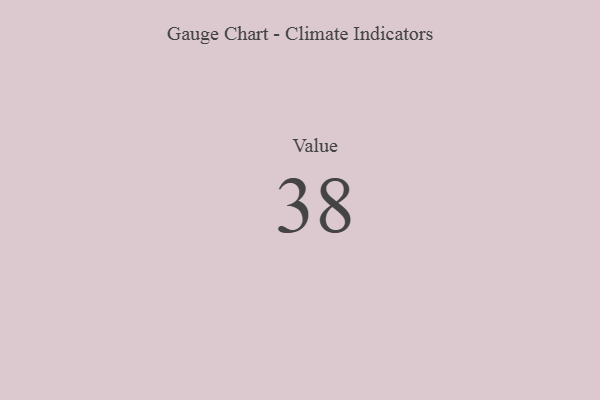
{"axis": {"x": "Metric", "y": "Value"}, "legend": [""], "data": [{"x": "Value", "y": 38, "type": ""}]}